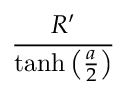
{ \frac { R ^ { \prime } } { \operatorname { t a n h } \left( \frac { a } { 2 } \right) } }